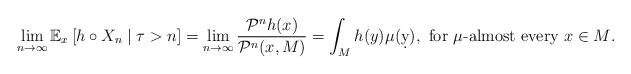
\begin{align*} \lim_{n\to\infty} \mathbb E_x\left[h\circ X_n \mid \tau>n\right] = \lim_{n\to\infty} \frac{\mathcal P^n h(x)}{\mathcal P^n(x,M)} = \int_M h(y) \mu(\d y), \mbox{ for $\mu$-almost every $x\in M$}. \end{align*}